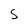
Character: S